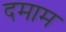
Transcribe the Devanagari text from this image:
दमाम